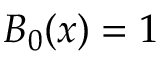
B _ { 0 } ( x ) = 1